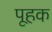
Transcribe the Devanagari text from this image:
पूहक